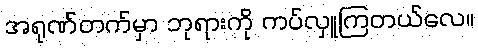
အရုဏ်တက်မှာ ဘုရားကို ကပ်လှူကြတယ်လေ။